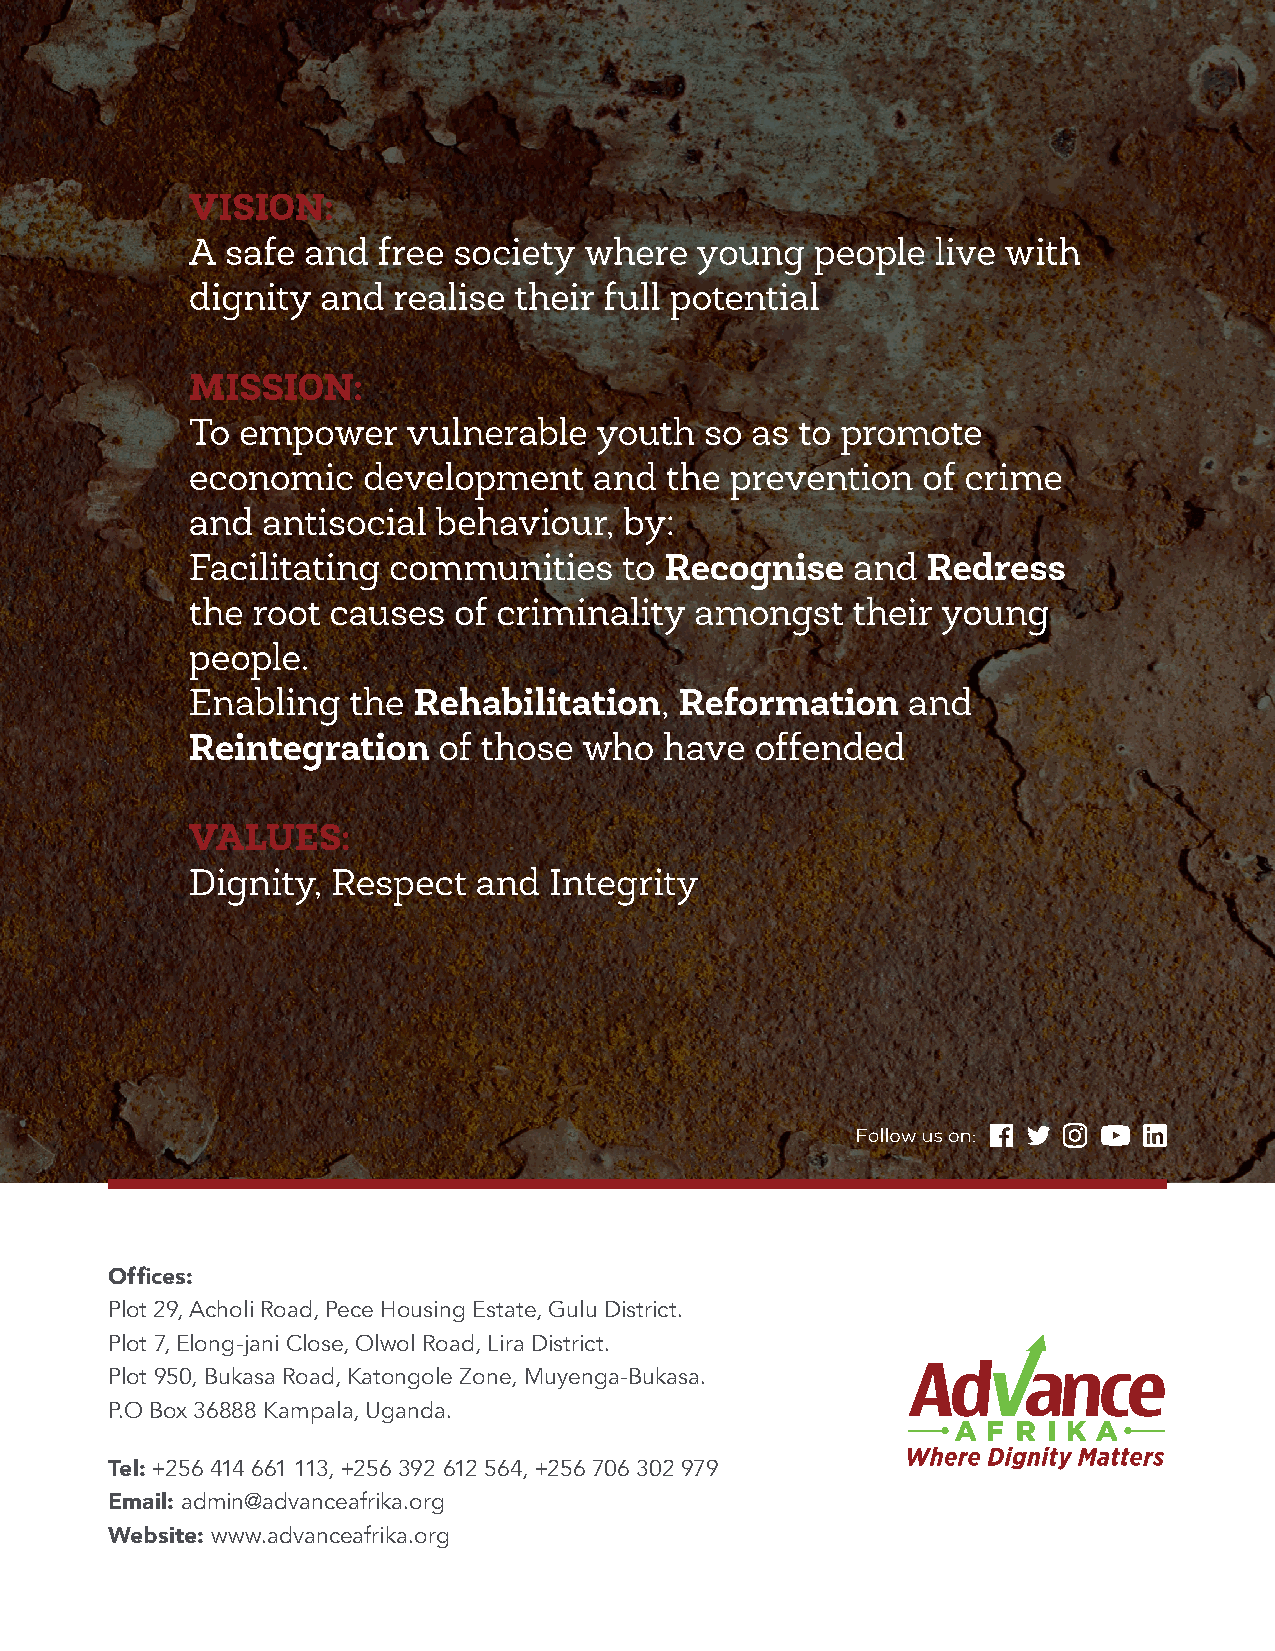
Offi ces:
 Plot 29, Acholi Road, Pece Housing Estate, Gulu District.
 Plot 7, Elong-jani Close, Olwol Road, Lira District.
 Plot 950, Bukasa Road, Katongole Zone, Muyenga-Bukasa.
 P.O Box 36888 Kampala, Uganda.
 Tel: +256 414 661 113, +256 392 612 564, +256 706 302 979
 Email: admin@advanceafrika.org
 Website: www.advanceafrika.org